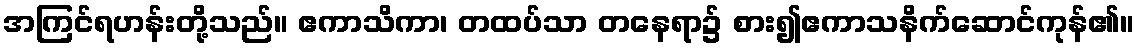
အကြင်ရဟန်းတို့သည်။ ဧကာသိကာ၊ တထပ်သာ တနေရာ၌ စား၍ဧကာသနိက်ဆောင်ကုန်၏။